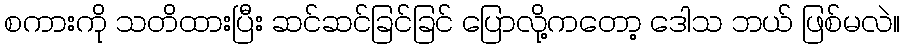
စကားကို သတိထားပြီး ဆင်ဆင်ခြင်ခြင် ပြောလို့ကတော့ ဒေါသ ဘယ် ဖြစ်မလဲ။